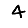
Digit: 4